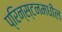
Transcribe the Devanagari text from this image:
प्रिन्स्टनमधील